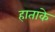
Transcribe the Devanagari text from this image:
हाताके